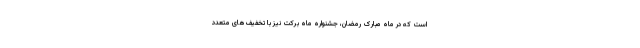
است که در ماه مبارک رمضان، جشنواره ماه برکت نیز با تخفیف‌های متعدد